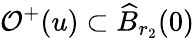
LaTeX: \mathcal{O}^{+}(u)\subset\widehat{B}_{r_{2}}(0)